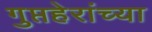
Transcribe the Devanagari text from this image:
गुप्तहेरांच्या